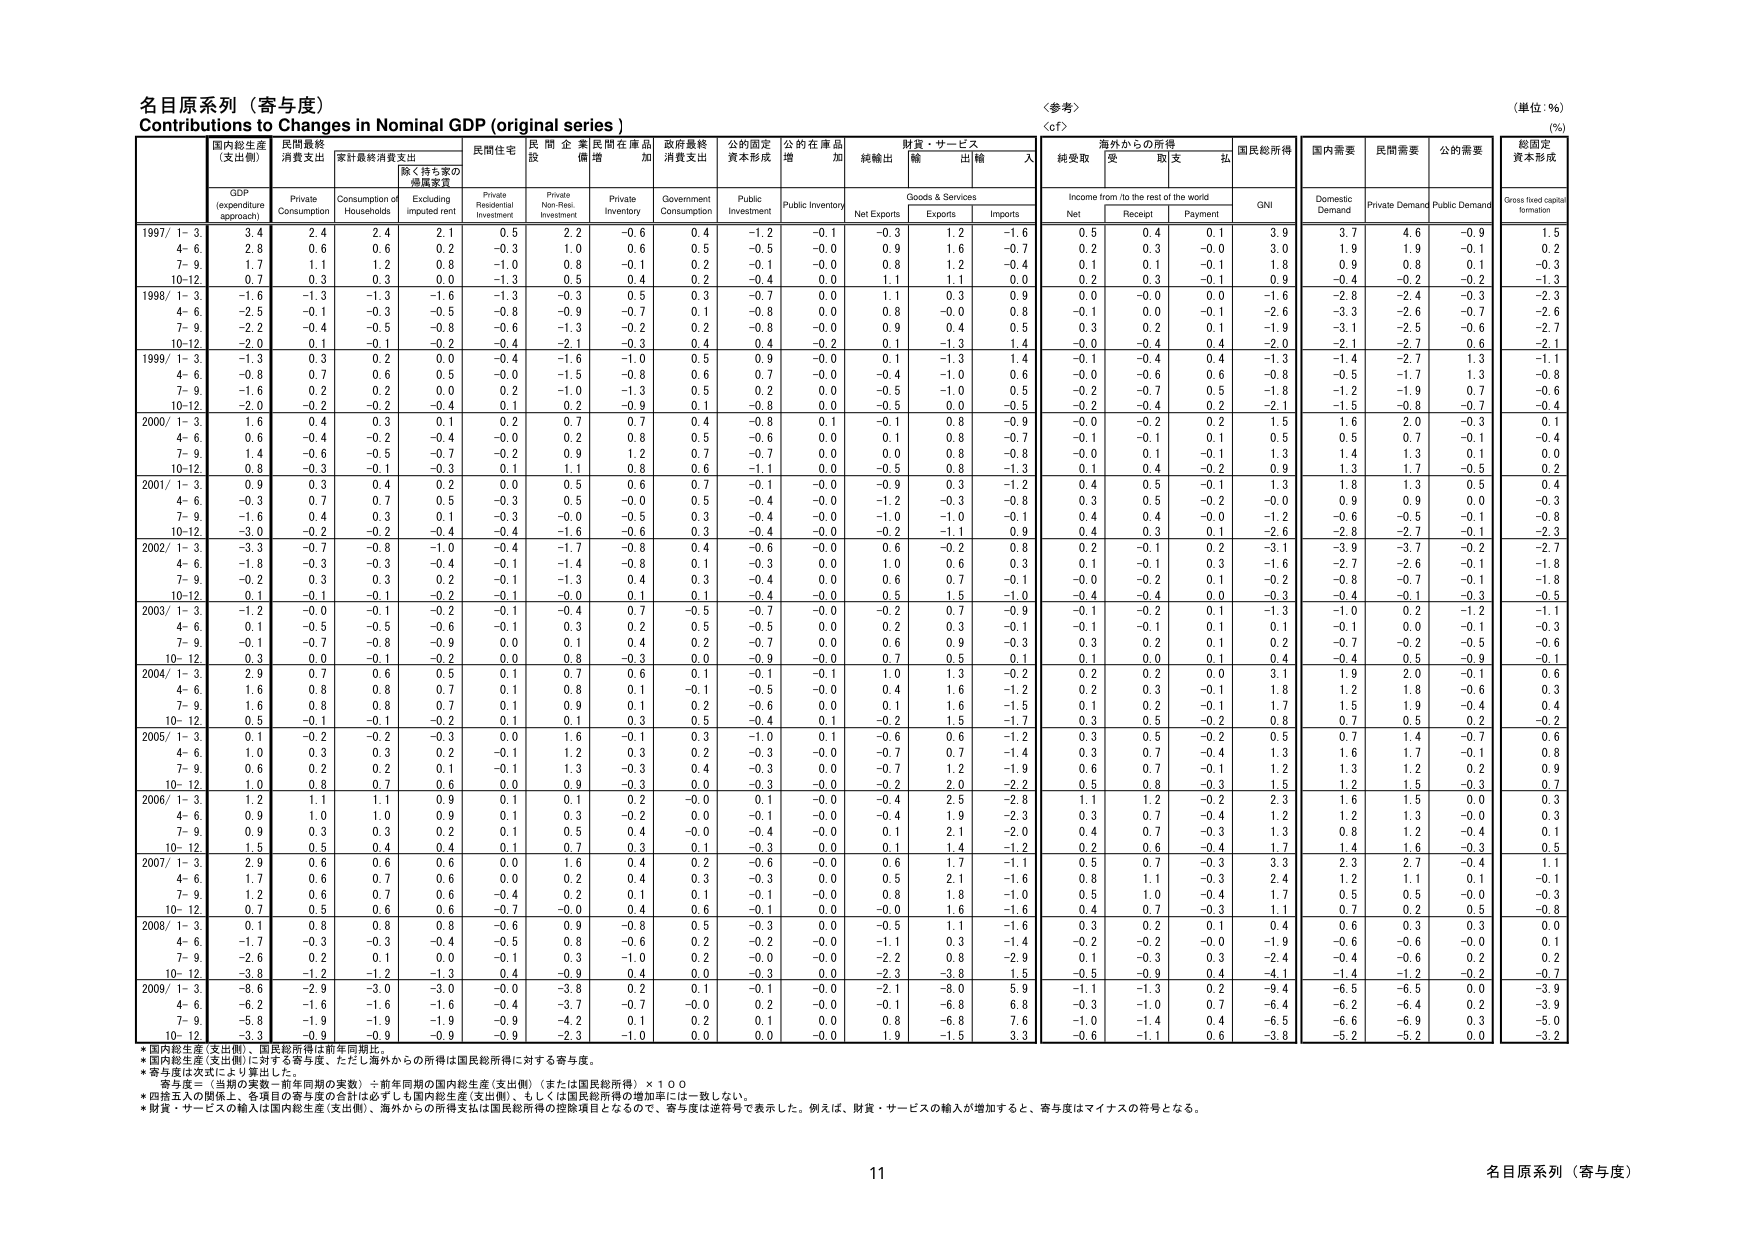
名目原系列（寄与度）
Contributions to Changes in Nominal GDP (original series)
＜参考＞
（単位：%）
（%）

GDP
(expenditure approach)
民間最終消費支出
家計最終消費支出
除く持ち家の帰属家賃
民間住宅投資
民間企業設備投資
民間在庫品増加
政府最終消費支出
公的固定資本形成
公的在庫品増加
純輸出
財貨・サービス輸入
海外からの所得
国民総所得
国内需要
民間需要
公的需要
総固定資本形成

Private Consumption
Consumption of Households
Excluding imputed rent
Private Residential Investment
Private Non-Res. Investment
Private Inventory
Government Consumption
Public Investment
Public Inventory
Net Exports
Goods & Services
Income from /to the rest of the world
GNI
Domestic Demand
Private Demand
Public Demand
Gross fixed capital formation

Net
Receipt
Payment

1997/ 1- 3
3.4
2.4
2.4
2.1
0.5
2.2
-0.6
0.4
-1.2
-0.1
-0.3
1.2
-1.6
0.5
0.4
0.1
3.9
3.7
4.6
-0.9
1.5

4- 6
2.8
0.6
0.6
0.2
-0.3
1.0
0.6
0.5
-0.5
-0.0
0.9
1.6
-0.7
0.2
0.3
-0.0
3.0
1.9
1.9
-0.1
0.2

7- 9
1.7
1.1
1.2
0.8
-1.0
0.8
-0.1
0.2
-0.1
-0.0
0.8
1.2
-0.4
0.1
0.1
-0.1
1.8
0.9
0.8
0.1
-0.3

10-12
0.7
0.3
0.3
0.0
-1.3
0.5
0.4
0.2
-0.4
0.0
1.1
1.1
0.0
0.2
0.3
-0.1
0.9
-0.4
-0.2
-0.2
-1.3

1998/ 1- 3
-1.6
-1.3
-1.3
-1.6
-1.3
-0.3
0.5
0.3
-0.7
0.0
1.1
0.3
0.9
0.0
-0.0
0.0
-1.6
-2.8
-2.4
-0.3
-2.3

4- 6
-2.5
-0.1
-0.3
-0.5
-0.8
-0.9
-0.7
0.1
-0.8
0.0
0.8
-0.0
0.8
-0.1
0.0
-0.1
-2.6
-3.3
-2.6
-0.7
-2.6

7- 9
-2.2
-0.4
-0.5
-0.8
-0.6
-1.3
-0.2
0.2
-0.8
-0.0
0.9
0.4
0.5
0.3
0.2
0.1
-1.9
-3.1
-2.5
-0.6
-2.7

10-12
-2.0
0.1
-0.1
-0.2
-0.4
-2.1
-0.3
0.4
0.4
-0.2
0.1
-1.3
1.4
-0.0
-0.4
0.4
-2.0
-2.1
-2.7
0.6
-2.1

1999/ 1- 3
-1.3
0.3
0.2
0.0
-0.4
-1.6
-1.0
0.5
0.9
-0.0
0.1
-1.3
1.4
-0.1
-0.4
0.4
-1.3
-1.4
-2.7
1.3
-1.1

4- 6
-0.8
0.7
0.6
0.5
-0.0
-1.5
-0.8
0.6
0.7
-0.0
-0.4
-1.0
0.6
-0.0
-0.6
0.6
-0.8
-0.5
-1.7
1.3
-0.8

7- 9
-1.6
0.2
0.2
0.0
0.2
-1.0
-1.3
0.5
0.2
0.0
-0.5
-1.0
0.5
-0.2
-0.7
0.5
-1.8
-1.2
-1.9
0.7
-0.6

10-12
-2.0
-0.2
-0.2
-0.4
0.1
0.2
-0.9
0.1
-0.8
0.0
-0.5
0.0
-0.5
-0.2
-0.4
0.2
-2.1
-1.5
-0.8
-0.7
-0.4

2000/ 1- 3
1.6
0.4
0.3
0.1
0.2
0.7
0.7
0.4
-0.8
0.1
-0.1
0.8
-0.9
-0.0
-0.2
0.2
1.5
1.6
2.0
-0.3
0.1

4- 6
0.6
-0.4
-0.2
-0.4
-0.0
0.2
0.8
0.5
-0.6
0.0
0.1
0.8
-0.7
-0.1
-0.1
0.1
0.5
0.5
0.7
-0.1
-0.4

7- 9
1.4
-0.6
-0.5
-0.7
-0.2
0.9
1.2
0.7
-0.7
0.0
0.0
0.8
-0.8
-0.0
0.1
-0.1
1.3
1.4
1.3
0.1
0.0

10-12
0.8
-0.3
-0.1
-0.3
0.1
1.1
0.8
0.6
-1.1
0.0
-0.5
0.8
-1.3
0.1
0.4
-0.2
0.9
1.3
1.7
-0.5
0.2

2001/ 1- 3
0.9
0.3
0.4
0.2
0.0
0.5
0.6
0.7
-0.1
-0.0
-0.9
0.3
-1.2
0.4
0.5
-0.1
1.3
1.8
1.3
0.5
0.4

4- 6
-0.3
0.7
0.7
0.5
-0.3
0.5
-0.0
0.5
-0.4
-0.0
-1.2
-0.3
-0.8
0.3
0.5
-0.2
-0.0
0.9
0.9
0.0
-0.3

7- 9
-1.6
0.4
0.3
0.1
-0.3
-0.0
-0.5
0.3
-0.4
-0.0
-1.0
-1.0
-0.1
0.4
0.4
-0.0
-1.2
-0.6
-0.5
-0.1
-0.8

10-12
-3.0
-0.2
-0.2
-0.4
-0.4
-1.6
-0.6
0.3
-0.4
-0.0
-0.2
-1.1
0.9
0.4
0.3
0.1
-2.6
-2.8
-2.7
-0.1
-2.3

2002/ 1- 3
-3.3
-0.7
-0.8
-1.0
-0.4
-1.7
-0.8
0.4
-0.6
-0.0
0.6
-0.2
0.8
0.2
-0.1
0.2
-3.1
-3.9
-3.7
-0.2
-2.7

4- 6
-1.8
-0.3
-0.3
-0.4
-0.1
-1.4
-0.8
0.1
-0.3
0.0
1.0
0.6
0.3
0.1
-0.1
0.3
-1.6
-2.7
-2.6
-0.1
-1.8

7- 9
-0.2
0.3
0.3
0.2
-0.1
-1.3
0.4
0.3
-0.4
0.0
0.6
0.7
-0.1
-0.0
-0.2
0.1
-0.2
-0.8
-0.7
-0.1
-1.8

10-12
0.1
-0.1
-0.1
-0.2
-0.1
-0.0
0.1
0.1
-0.4
-0.0
0.5
1.5
-1.0
-0.4
-0.4
0.0
-0.3
-0.4
-0.1
-0.3
-0.5

2003/ 1- 3
-1.2
-0.0
-0.1
-0.2
-0.1
-0.4
0.7
-0.5
-0.7
-0.0
-0.2
0.7
-0.9
-0.1
-0.2
0.1
-1.3
-1.0
0.2
-1.2
-1.1

4- 6
0.1
-0.5
-0.5
-0.6
-0.1
0.3
0.2
0.5
-0.5
0.0
0.2
0.3
-0.1
-0.1
-0.1
0.1
0.1
-0.1
0.0
-0.1
-0.3

7- 9
-0.1
-0.7
-0.8
-0.9
0.0
0.1
0.4
0.2
-0.7
0.0
0.6
0.9
-0.3
0.3
0.2
0.1
0.2
-0.7
-0.2
-0.5
-0.6

10- 12
0.3
0.0
-0.1
-0.2
0.0
0.8
-0.3
0.0
-0.9
-0.0
0.7
0.5
0.1
0.1
0.0
0.1
0.4
-0.4
0.5
-0.9
-0.1

2004/ 1- 3
2.9
0.7
0.6
0.5
0.1
0.7
0.6
0.1
-0.1
-0.1
1.0
1.3
-0.2
0.2
0.2
0.0
3.1
1.9
2.0
-0.1
0.6

4- 6
1.6
0.8
0.8
0.7
0.1
0.8
0.1
-0.1
-0.5
-0.0
0.4
1.6
-1.2
0.2
0.3
-0.1
1.8
1.2
1.8
-0.6
0.3

7- 9
1.6
0.8
0.8
0.7
0.1
0.9
0.1
0.2
-0.6
0.0
0.1
1.6
-1.5
0.1
0.2
-0.1
1.7
1.5
1.9
-0.4
0.4

10- 12
0.5
-0.1
-0.1
-0.2
0.1
0.1
0.3
0.5
-0.4
0.1
-0.2
1.5
-1.7
0.3
0.5
-0.2
0.8
0.7
0.5
0.2
-0.2

2005/ 1- 3
0.1
-0.2
-0.2
-0.3
0.0
1.6
-0.1
0.3
-1.0
0.1
-0.6
0.6
-1.2
0.3
0.5
-0.2
0.5
0.7
1.4
-0.7
0.6

4- 6
1.0
0.3
0.3
0.2
-0.1
1.2
0.3
0.2
-0.3
-0.0
-0.7
0.7
-1.4
0.3
0.7
-0.4
1.3
1.6
1.7
-0.1
0.8

7- 9
0.6
0.2
0.2
0.1
-0.1
1.3
-0.3
0.4
-0.3
0.0
-0.7
1.2
-1.9
0.6
0.7
-0.1
1.2
1.3
1.2
0.2
0.9

10- 12
1.0
0.8
0.7
0.6
0.0
0.9
-0.3
0.0
-0.3
-0.0
-0.2
2.0
-2.2
0.5
0.8
-0.3
1.5
1.2
1.5
-0.3
0.7

2006/ 1- 3
1.2
1.1
1.1
0.9
0.1
0.1
0.2
-0.0
0.1
-0.0
-0.4
2.5
-2.8
1.1
1.2
-0.2
2.3
1.6
1.5
0.0
0.3

4- 6
0.9
1.0
1.0
0.9
0.1
0.3
-0.2
0.0
-0.1
-0.0
-0.4
1.9
-2.3
0.3
0.7
-0.4
1.2
1.2
1.3
-0.0
0.3

7- 9
0.9
0.3
0.3
0.2
0.1
0.5
0.4
-0.0
-0.4
-0.0
0.1
2.1
-2.0
0.4
0.7
-0.3
1.3
0.8
1.2
-0.4
0.1

10- 12
1.5
0.5
0.4
0.4
0.1
0.7
0.3
0.1
-0.3
0.0
0.1
1.4
-1.2
0.2
0.6
-0.4
1.7
1.4
1.6
-0.3
0.5

2007/ 1- 3
2.9
0.6
0.6
0.6
0.0
1.6
0.4
0.2
-0.6
-0.0
0.6
1.7
-1.1
0.5
0.7
-0.3
3.3
2.3
2.7
-0.4
1.1

4- 6
1.7
0.6
0.7
0.6
0.0
0.2
0.4
0.3
-0.3
0.0
0.5
2.1
-1.6
0.8
1.1
-0.3
2.4
1.2
1.1
0.1
-0.1

7- 9
1.2
0.6
0.7
0.6
-0.4
0.2
0.1
0.1
-0.1
-0.0
0.8
1.8
-1.0
0.5
1.0
-0.4
1.7
0.5
0.5
-0.0
-0.3

10- 12
0.7
0.5
0.6
0.6
-0.7
-0.0
0.4
0.6
-0.1
0.0
-0.0
1.6
-1.6
0.4
0.7
-0.3
1.1
0.7
0.2
0.5
-0.8

2008/ 1- 3
0.1
0.8
0.8
0.8
-0.6
0.9
-0.8
0.5
-0.3
0.0
-0.5
1.1
-1.6
0.3
0.2
0.1
0.4
0.6
0.3
0.3
0.0

4- 6
-1.7
-0.3
-0.3
-0.4
-0.5
0.8
-0.6
0.2
-0.2
-0.0
-1.1
0.3
-1.4
-0.2
-0.2
-0.0
-1.9
-0.6
-0.6
-0.0
0.1

7- 9
-2.6
0.2
0.1
0.0
-0.1
0.3
-1.0
0.2
-0.0
-0.0
-2.2
0.8
-2.9
0.1
-0.3
0.3
-2.4
-0.4
-0.6
0.2
0.2

10- 12
-3.8
-1.2
-1.2
-1.3
0.4
-0.9
0.4
0.0
-0.3
0.0
-2.3
-3.8
1.5
-0.5
-0.9
0.4
-4.1
-1.4
-1.2
-0.2
-0.7

2009/ 1- 3
-8.6
-2.9
-3.0
-3.0
-0.0
-3.8
0.2
0.1
-0.1
-0.0
-2.1
-8.0
5.9
-1.1
-1.3
0.2
-9.4
-6.5
-6.5
0.0
-3.9

4- 6
-6.2
-1.6
-1.6
-1.6
-0.4
-3.7
-0.7
-0.0
0.2
-0.0
-0.1
-6.8
6.8
-0.3
-1.0
0.7
-6.4
-6.2
-6.4
0.2
-3.9

7- 9
-5.8
-1.9
-1.9
-1.9
-0.9
-4.2
0.1
0.2
0.1
0.0
0.8
-6.8
7.6
-1.0
-1.4
0.4
-6.5
-6.6
-6.9
0.3
-5.0

10- 12
-3.3
-0.9
-0.9
-0.9
-0.9
-2.3
-1.0
0.0
0.0
-0.0
1.9
-1.5
3.3
-0.6
-1.1
0.6
-3.8
-5.2
-5.2
0.0
-3.2

*国内総生産（支出側）、国民総所得は前年同月比。
*国内総生産（支出側）に対する寄与度、ただし海外からの所得は国民総所得に対する寄与度。
*寄与度は次式により算出した。
　　寄与度＝（当期の実数－前年同期の実数）÷前年同期の国内総生産（支出側）（または国民総所得）×１００
*四捨五入の関係上、各項目の寄与度の合計は必ずしも国内総生産（支出側）、もしくは国民総所得の増加率とは一致しない。
*財貨・サービスの輸入は国内総生産（支出側）、海外からの所得支払は国民総所得の控除項目となるので、寄与度は逆符号で表示した。例えば、財貨・サービスの輸入が増加すると、寄与度はマイナスの符号となる。

11
名目原系列（寄与度）